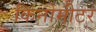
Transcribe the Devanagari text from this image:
किनोमीटर